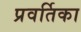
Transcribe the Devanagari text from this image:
प्रवर्तिका